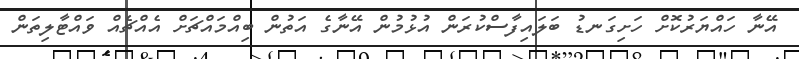
އޭނާ ހައްޔަރުކޮށް ހަށިގަނޑު ބަލައިފާސްކުރަން އުޅުމުން އޭނާގެ އަތުން ބިއްމައްޗަށް އެއްޗެއް ވައްޓާލިތަން